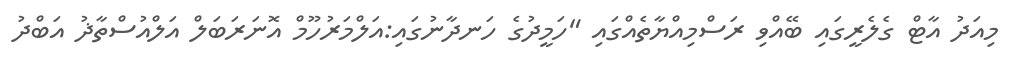
މިއަދު އާޓް ގެލެރީގައި ބޭއްވި ރަސްމިއްޔާތެއްގައި "ހަމީދުގެ ހަނދާނުގައި:އަލްމަރުހޫމް އޮނަރަބަލް އަލްއުސްތާޛު އަބްދު